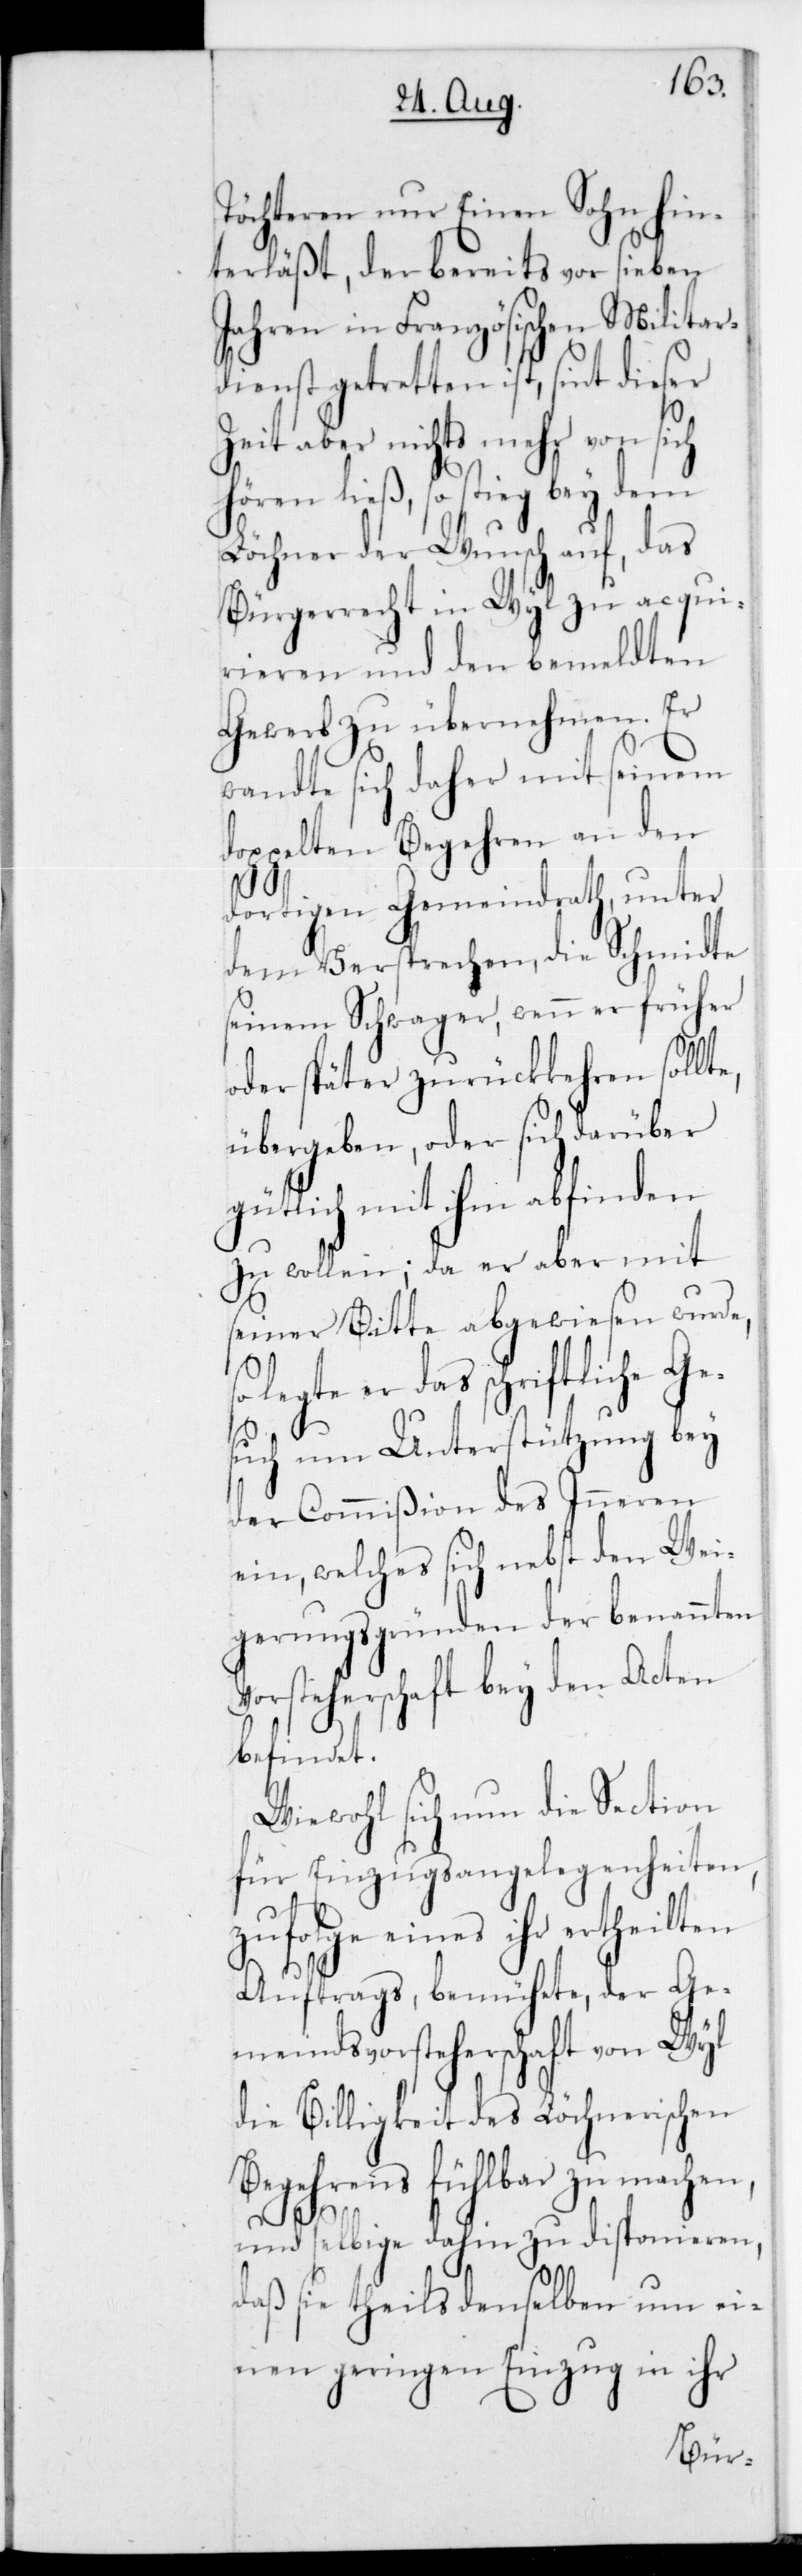
Töchteren nur einen Sohn hin¬
terläßt, der bereits vor sieben
Jahren in Französischen Militar¬
dienst getretten ist, sint dieser
Zeit aber nichts mehr von sich
hören ließ, so stieg bey dem
Löchner der Wunsch auf, das
Bürgerrecht in Wyl zu acqui¬
rieren und den bemeldten
Gewerb zu übernehmen. Er
wandte sich daher mit seinem
doppelten Begehren an den
dortigen Gemeindrath, unter
dem Versprechen, die Schmidte
seinem Schwager, wenn er früher
oder später zurückkehren soll¬
übergeben, oder sich darüber
gütlich mit ihm abfinden
zu wollen; da er aber mit
seiner Bitte abgewiesen wurde,
legte er das schriftliche
such um Unterstützung bey
der Commißion des Inneren
ein, welches sich nebst den Wei¬
gerungsgründen der benannten
Vorsteherschaft bey den Acten
befindet.
Wiewohl sich nun die Section
für Einzugsangelegenheiten,
eines ihr ertheilten
Auftrags, bemühete, der Ge¬
meindsvorsteherschaft von Wyl
die Billigkeit des Löchnerischen
Begehrens fühlbar zu machen,
Ge¬
und selbige dahin zu disponieren,
daß sie theils denselben um ei¬
nen geringen Einzug in ihr